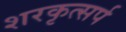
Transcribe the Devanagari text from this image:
शरकृत्‍सर्प